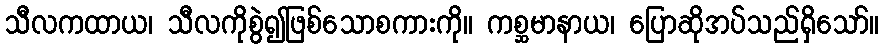
သီလကထာယ၊ သီလကိုစွဲ၍ဖြစ်သောစကားကို။ ကစ္ဆမာနာယ၊ ပြောဆိုအပ်သည်ရှိသော်။